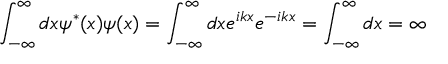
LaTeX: \int _ { - \infty } ^ { \infty } d x \psi ^ { * } ( x ) \psi ( x ) = \int _ { - \infty } ^ { \infty } d x e ^ { i k x } e ^ { - i k x } = \int _ { - \infty } ^ { \infty } d x = \infty